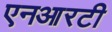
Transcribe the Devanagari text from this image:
एनआरटी